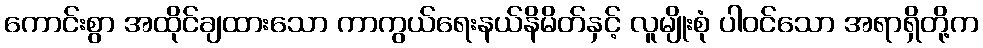
ကောင်းစွာ အထိုင်ချထားသော ကာကွယ်ရေးနယ်နိမိတ်နှင့် လူမျိုးစုံ ပါဝင်သော အရာရှိတို့က